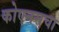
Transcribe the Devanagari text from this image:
कोएनसचा